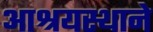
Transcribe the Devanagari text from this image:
आश्रयस्थाने